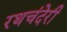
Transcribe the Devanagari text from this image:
रथचंदेरी